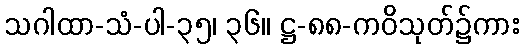
သဂါထာ-သံ-ပါ-၃၅၊ ၃၆။ ဋ္ဌ-၈၈-ကဝိသုတ်၌ကား